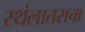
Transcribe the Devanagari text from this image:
स्थंलातराचा